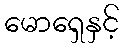
မောရှေနှင့်